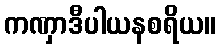
ကဏှာဒီပါယနစရိယ။